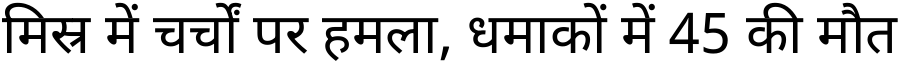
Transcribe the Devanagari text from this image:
मिस्र में चर्चों पर हमला, धमाकों में 45 की मौत